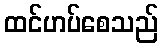
ထင်ဟပ်စေသည်